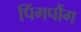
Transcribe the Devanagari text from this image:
पिंगपौंग